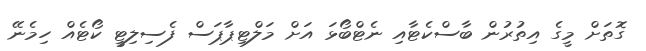
ގޮތަށް މީގެ އިތުރުން ބާސްކެޓާއި ނެޓްބޯޅަ އަށް މަލްޓިޕާޕަސް ފެސިލިޓީ ކޯޓެއް ހިމެނޭ